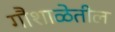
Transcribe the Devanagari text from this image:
गौशाळेतील